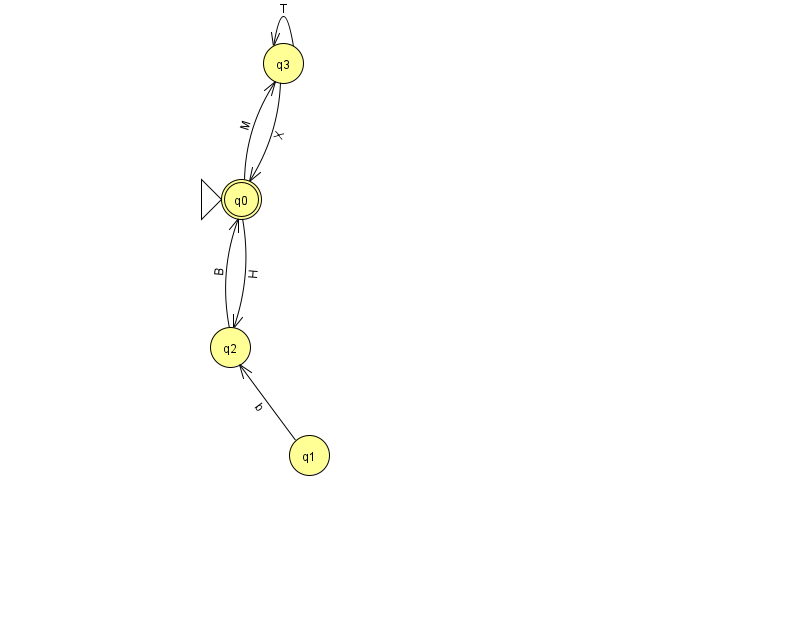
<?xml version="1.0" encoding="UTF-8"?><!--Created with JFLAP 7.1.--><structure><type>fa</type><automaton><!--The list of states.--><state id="0" name="q0"><x>241.0</x><y>186.0</y><initial/><final/></state><state id="1" name="q1"><x>309.0</x><y>442.0</y></state><state id="2" name="q2"><x>230.0</x><y>334.0</y></state><state id="3" name="q3"><x>283.0</x><y>50.0</y></state><!--The list of transitions.--><transition><from>2</from><to>0</to><read>B</read></transition><transition><from>3</from><to>3</to><read>T</read></transition><transition><from>1</from><to>2</to><read>b</read></transition><transition><from>3</from><to>0</to><read>X</read></transition><transition><from>0</from><to>2</to><read>H</read></transition><transition><from>0</from><to>3</to><read>M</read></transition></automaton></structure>